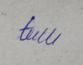
Signature authenticity: genuine